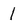
Character: l